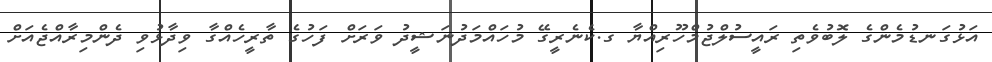
އަޅުގަނޑުމެންގެ ލޮބުވެތި ރައީސުލްޖުމްހޫރިއްޔާ ގ.ކެނެރީގޭ މުހައްމަދުނަޝީދު ވަރަށް ފަހުގެ ތާރީހެއްގާ ވިދާޅުވި ދެންމިރާއްޖެއަށް